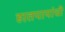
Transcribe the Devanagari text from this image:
हातपायांची